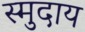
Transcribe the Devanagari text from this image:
स्मुदाय